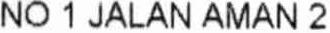
NO 1 JALAN AMAN 2